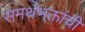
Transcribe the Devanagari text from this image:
समर्थभक्तांची